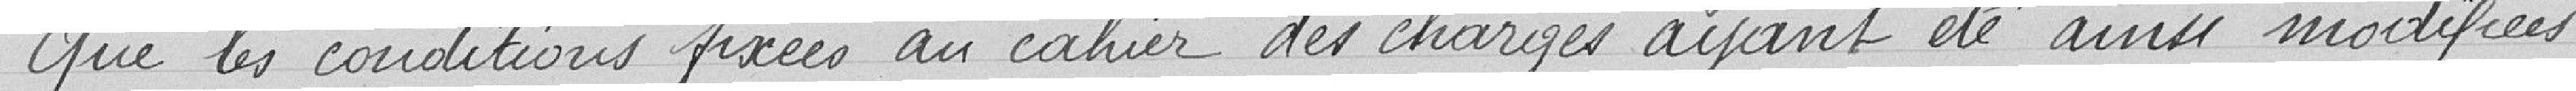
Que les conditions fixées au cahier des charges ayant été ainsi modifiées